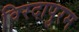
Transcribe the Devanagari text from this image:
विरदापुरम